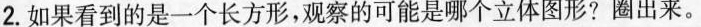
2.如果看到的是一个长方形，观察的可能是哪个立体图形?圈出来。